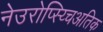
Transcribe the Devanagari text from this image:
नेउरोप्स्य्चिअतिक